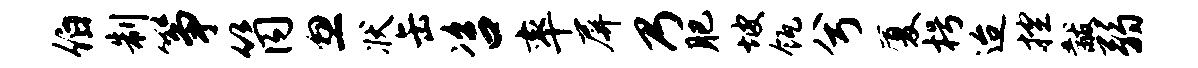
伯制筝筒忽状缶咨率屏乃肥坡瓴兮厦枵迨控黻弱